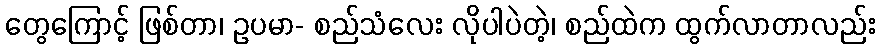
တွေကြောင့် ဖြစ်တာ၊ ဥပမာ- စည်သံလေး လိုပါပဲတဲ့၊ စည်ထဲက ထွက်လာတာလည်း